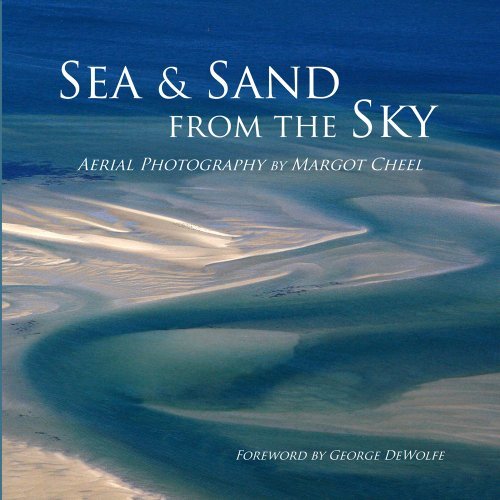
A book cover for Sea & Sand From the Sky: Aerial Photography; Margot Cheel; Arts & Photography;